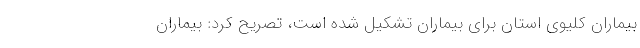
بیماران کلیوی استان برای بیماران تشکیل شده است، تصریح کرد: بیماران